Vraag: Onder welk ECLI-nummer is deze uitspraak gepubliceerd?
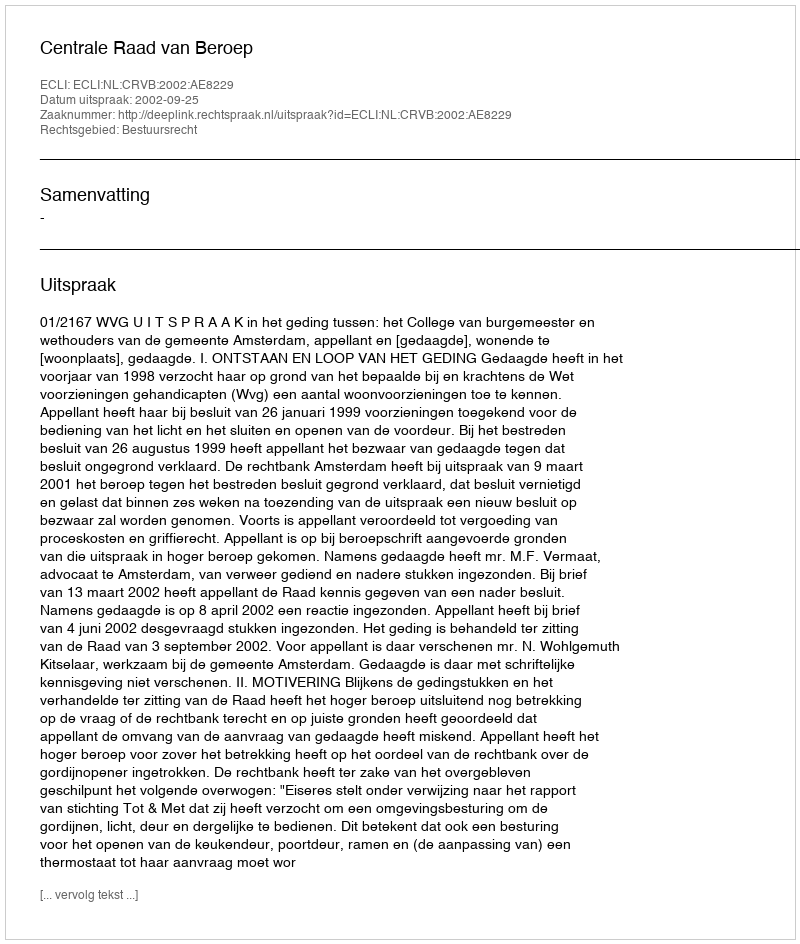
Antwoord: ECLI:NL:CRVB:2002:AE8229